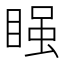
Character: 𭿂